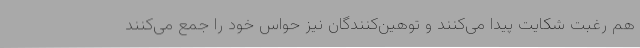
هم رغبت شکایت پیدا می‌کنند و توهین‌کنندگان نیز حواس خود را جمع می‌کنند